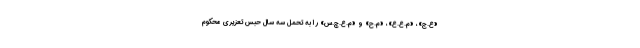
«ع.ج»، «م.ع.ع»، «م.ح» و «م.ع.چ.س» را به تحمل سه سال حبس تعزیری محکوم